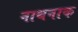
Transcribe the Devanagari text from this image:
नाथनाक